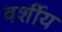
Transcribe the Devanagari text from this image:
वर्शीय